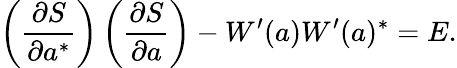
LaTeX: \left(\frac{\partial S}{\partial a^{\ast}}\right)\left(\frac{\partial S}{\partial a}\right)-W^{\prime}(a)W^{\prime}(a)^{\ast}=E.